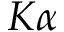
K \alpha